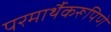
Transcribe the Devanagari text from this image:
परमार्थैकरूपिणे